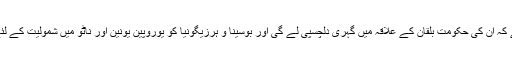
انھوں نے کہا ہے کہ ان کی حکومت بلقان کے علاقہ میں گہری دلچسپی لے گی اور بوسینا و ہرزیگونیا کو یوروپین یونین اور ناٹو میں شمولیت کے لئے مدد کرے گی۔